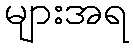
များအရ